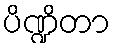
ပိဏ္ဍိတာ